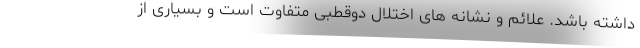
داشته باشد. علائم و نشانه های اختلال دوقطبی متفاوت است و بسیاری از